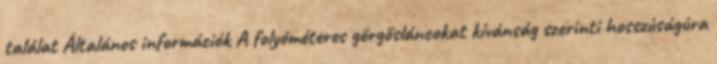
találat Általános információk A folyóméteres görgősláncokat kívánság szerinti hosszúságúra